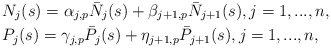
\begin{align*}&N_j(s)=\alpha_{j,p}\bar N_j(s)+\beta_{j+1,p} \bar N_{j+1}(s), j=1,...,n,\\&P_j(s)=\gamma_{j,p}\bar P_j(s)+\eta_{j+1,p} \bar P_{j+1}(s), j=1,...,n,\end{align*}